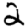
Digit: 2